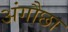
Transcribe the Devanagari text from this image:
अंगौछा